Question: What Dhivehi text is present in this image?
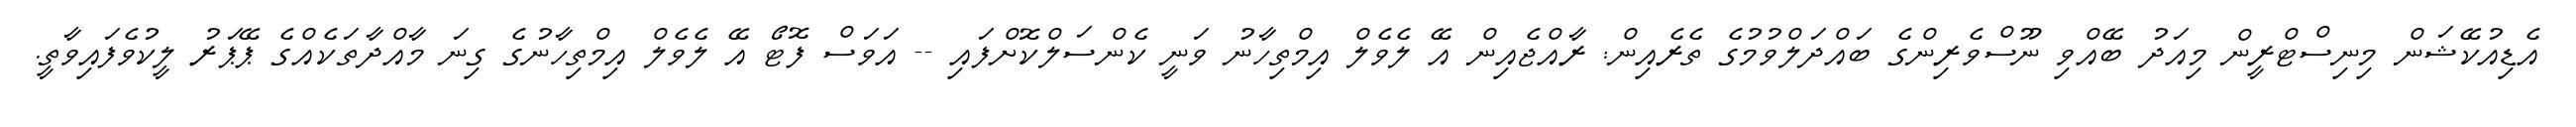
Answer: އެޑިއުކޭޝަން މިނިސްޓްރީން މިއަދު ބޭއްވި ނޫސްވެރިންގެ ބައްދަލްވުމުގެ ތެރެއިން: ރާއްޖެއިން އޭ ލެވެލް އިމްތިހާނު ވަނީ ކެންސަލްކޮށްފައި -- އަވަސް ފޮޓޯ އޭ ލެވެލް އިމްތިހާނުގެ ގިނަ މާއްދާތަކެއްގެ ޕޭޕަރު ލީކުވެފައިވާތީ.